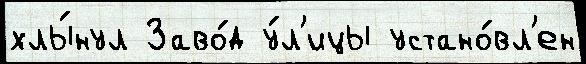
хлы́нул Заво́д у́л'ицы устано́вл'ен